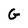
Character: G